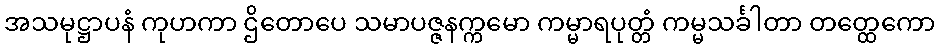
အသမုဋ္ဌာပနံ ကုဟကာ ဌိတောပေ သမာပဇ္ဇနက္ကမော ကမ္မာရပုတ္တံ ကမ္မသင်္ခါတာ တတ္ထေကော